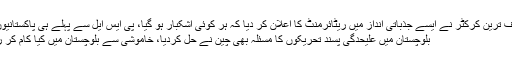
“ معروف ترین کرکٹر نے ایسے جذباتی انداز میں ریٹائرمنٹ کا اعلان کر دیا کہ ہر کوئی اشکبار ہو گیا، پی ایس ایل سے پہلے ہی پاکستانیوں کو ...
بلوچستان میں علیحدگی پسند تحریکوں کا مسئلہ بھی چین نے حل کردیا، خاموشی سے بلوچستان میں کیا کام کر رہا ہے؟